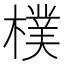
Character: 樸